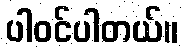
ပါဝင်ပါတယ်။